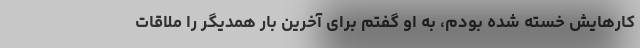
کارهایش خسته شده بودم، به او گفتم برای آخرین بار همدیگر را ملاقات